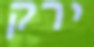
ירק